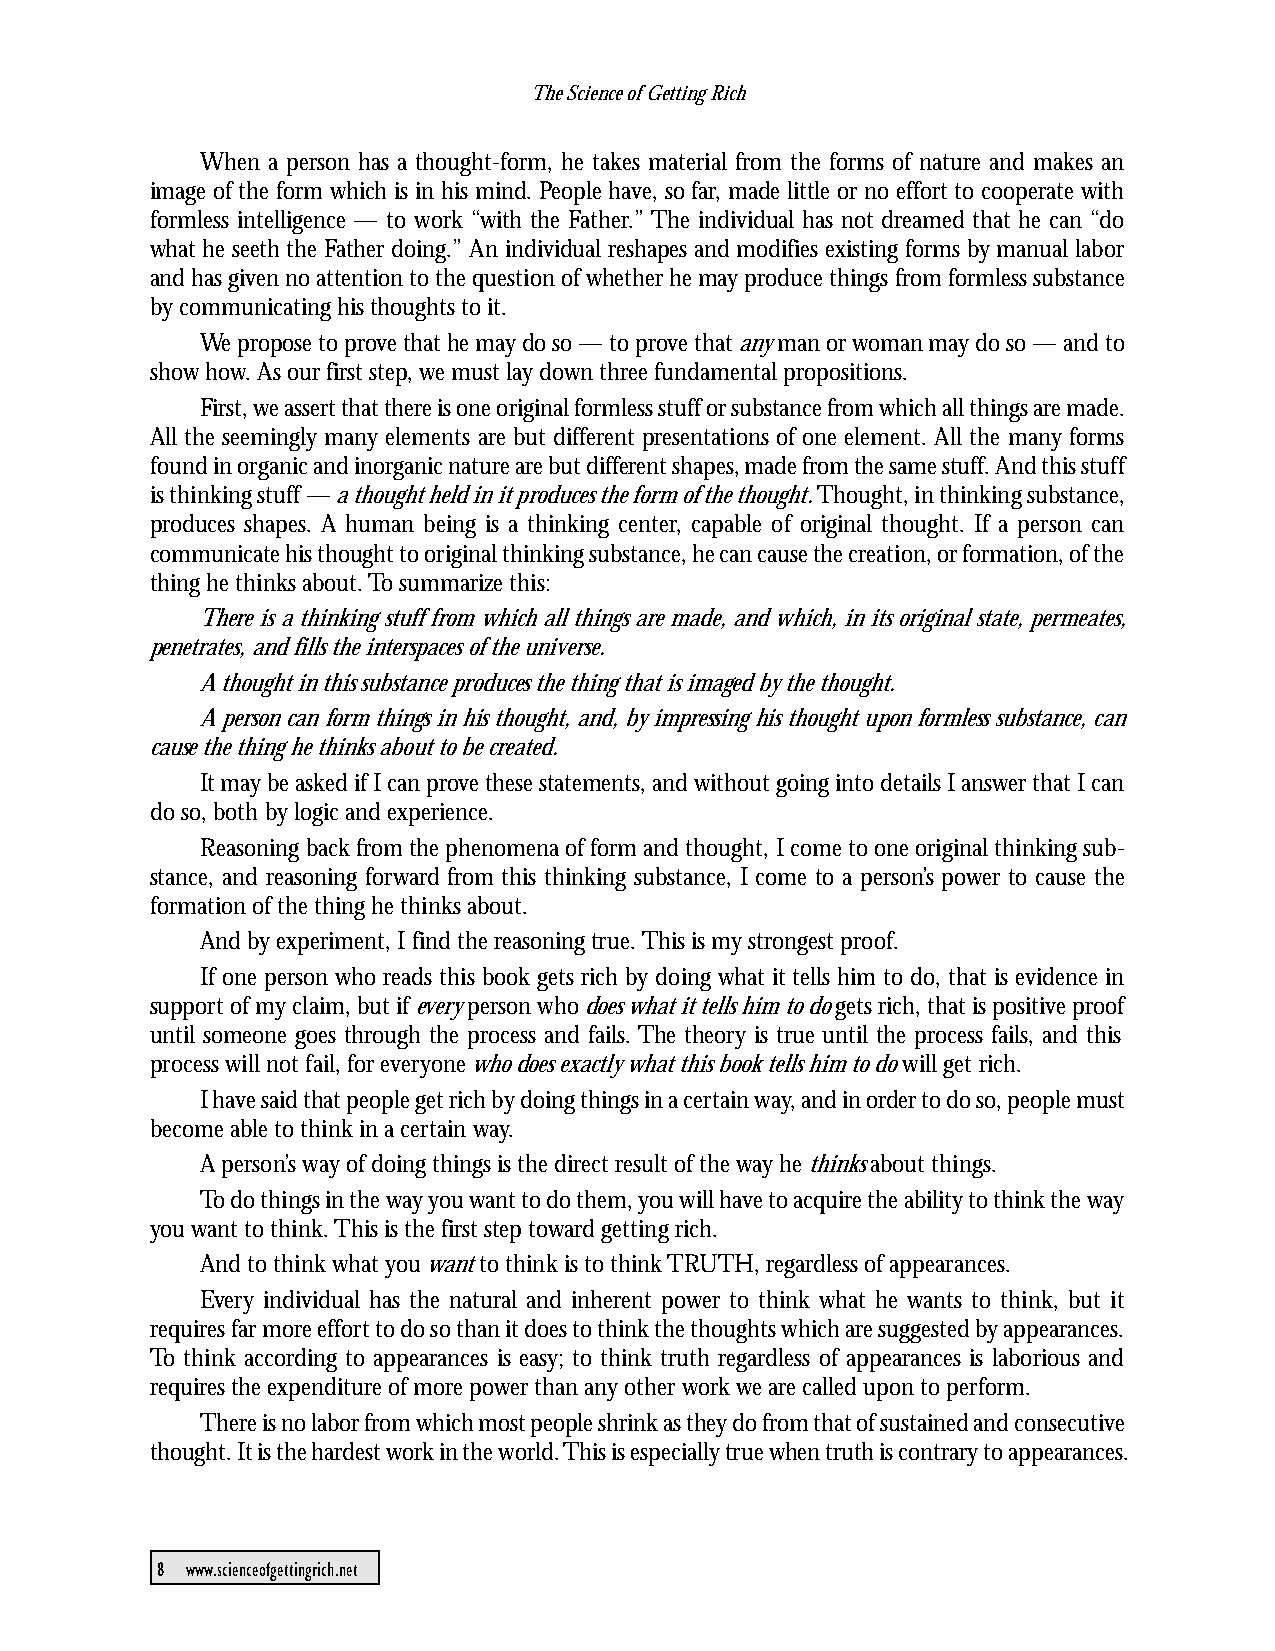
The Science of Getting Rich
 When a person has a thought-form, he takes material from the forms of nature and makes an
 image of the form which is in his mind. People have, so far, made little or no effort to cooperate with
 formless intelligence — to work “with the Father.” The individual has not dreamed that he can “do
 what he seeth the Father doing.” An individual reshapes and modifies existing forms by manual labor
 and has given no attention to the question of whether he may produce things from formless substance
 by communicating his thoughts to it.
 We propose to prove that he may do so — to prove that any man or woman may do so — and to
 show how. As our first step, we must lay down three fundamental propositions.
 First, we assert that there is one original formless stuff or substance from which all things are made.
 All the seemingly many elements are but different presentations of one element. All the many forms
 found in organic and inorganic nature are but different shapes, made from the same stuff. And this stuff
 is thinking stuff — a thought held in it produces the form of the thought. Thought, in thinking substance,
 produces shapes. A human being is a thinking center, capable of original thought. If a person can
 communicate his thought to original thinking substance, he can cause the creation, or formation, of the
 thing he thinks about. To summarize this:
 There is a thinking stuff from which all things are made, and which, in its original state, permeates,
 penetrates, and fills the interspaces of the universe.
 A thought in this substance produces the thing that is imaged by the thought.
 A person can form things in his thought, and, by impressing his thought upon formless substance, can
 cause the thing he thinks about to be created.
 It may be asked if I can prove these statements, and without going into details I answer that I can
 do so, both by logic and experience.
 Reasoning back from the phenomena of form and thought, I come to one original thinking sub-
 stance, and reasoning forward from this thinking substance, I come to a person’s power to cause the
 formation of the thing he thinks about.
 And by experiment, I find the reasoning true. This is my strongest proof.
 If one person who reads this book gets rich by doing what it tells him to do, that is evidence in
 support of my claim, but if every person who does what it tells him to do gets rich, that is positive proof
 until someone goes through the process and fails. The theory is true until the process fails, and this
 process will not fail, for everyone who does exactly what this book tells him to do will get rich.
 I have said that people get rich by doing things in a certain way, and in order to do so, people must
 become able to think in a certain way.
 A person’s way of doing things is the direct result of the way he thinks about things.
 To do things in the way you want to do them, you will have to acquire the ability to think the way
 you want to think. This is the first step toward getting rich.
 And to think what you want to think is to think TRUTH, regardless of appearances.
 Every individual has the natural and inherent power to think what he wants to think, but it
 requires far more effort to do so than it does to think the thoughts which are suggested by appearances.
 To think according to appearances is easy; to think truth regardless of appearances is laborious and
 requires the expenditure of more power than any other work we are called upon to perform.
 There is no labor from which most people shrink as they do from that of sustained and consecutive
 thought. It is the hardest work in the world. This is especially true when truth is contrary to appearances.
 8 www.scienceofgettingrich.net